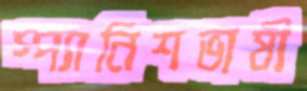
স্প্যানিশভাষী